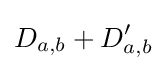
D_{a,b}+D'_{a,b}